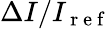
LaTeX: \Delta I/I_{\mathrm{~r~e~f~}}